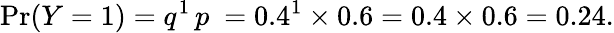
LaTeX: \operatorname*{Pr}(Y=1)=q^{1}\, p\ =0.4^{1}\times 0.6=0.4\times 0.6=0.24.